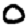
Digit: 0